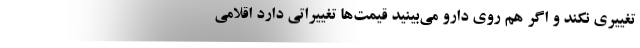
تغییری نکند و اگر هم روی دارو می‌بینید قیمت‌ها تغییراتی دارد اقلامی